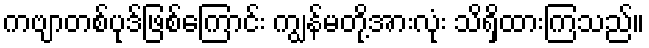
ကဗျာတစ်ပုဒ်ဖြစ်ကြောင်း ကျွန်မတို့အားလုံး သိရှိထားကြသည်။